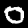
Digit: 0